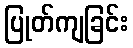
ပြုတ်ကျခြင်း